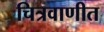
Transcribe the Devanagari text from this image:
चित्रवाणीत